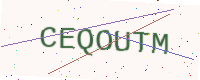
Text: CEQOUTM